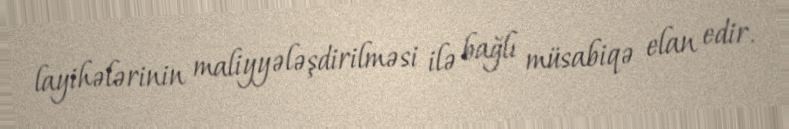
layihələrinin maliyyələşdirilməsi ilə bağlı müsabiqə elan edir.